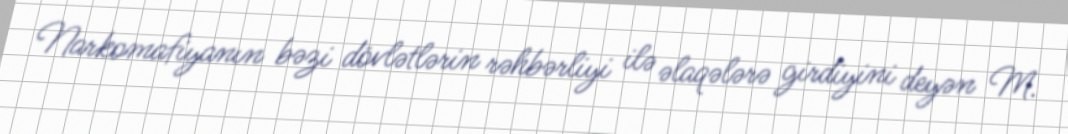
Narkomafiyanın bəzi dövlətlərin rəhbərliyi ilə əlaqələrə girdiyini deyən M.